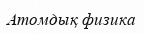
Атомдық физика